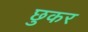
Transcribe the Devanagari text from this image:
छुकर